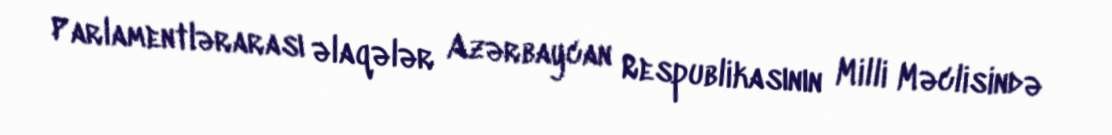
Parlamentlərarası əlaqələr Azərbaycan Respublikasının Milli Məclisində